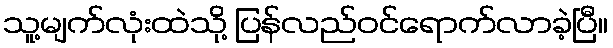
သူ့မျက်လုံးထဲသို့ ပြန်လည်ဝင်ရောက်လာခဲ့ပြီ။